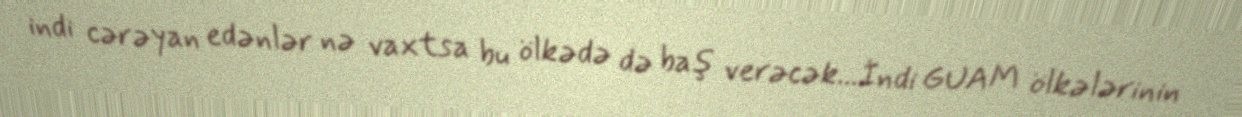
indi cərəyan edənlər nə vaxtsa bu ölkədə də baş verəcək...İndi GUAM ölkələrinin